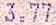
3.77